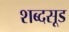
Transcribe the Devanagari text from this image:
शब्दसूड